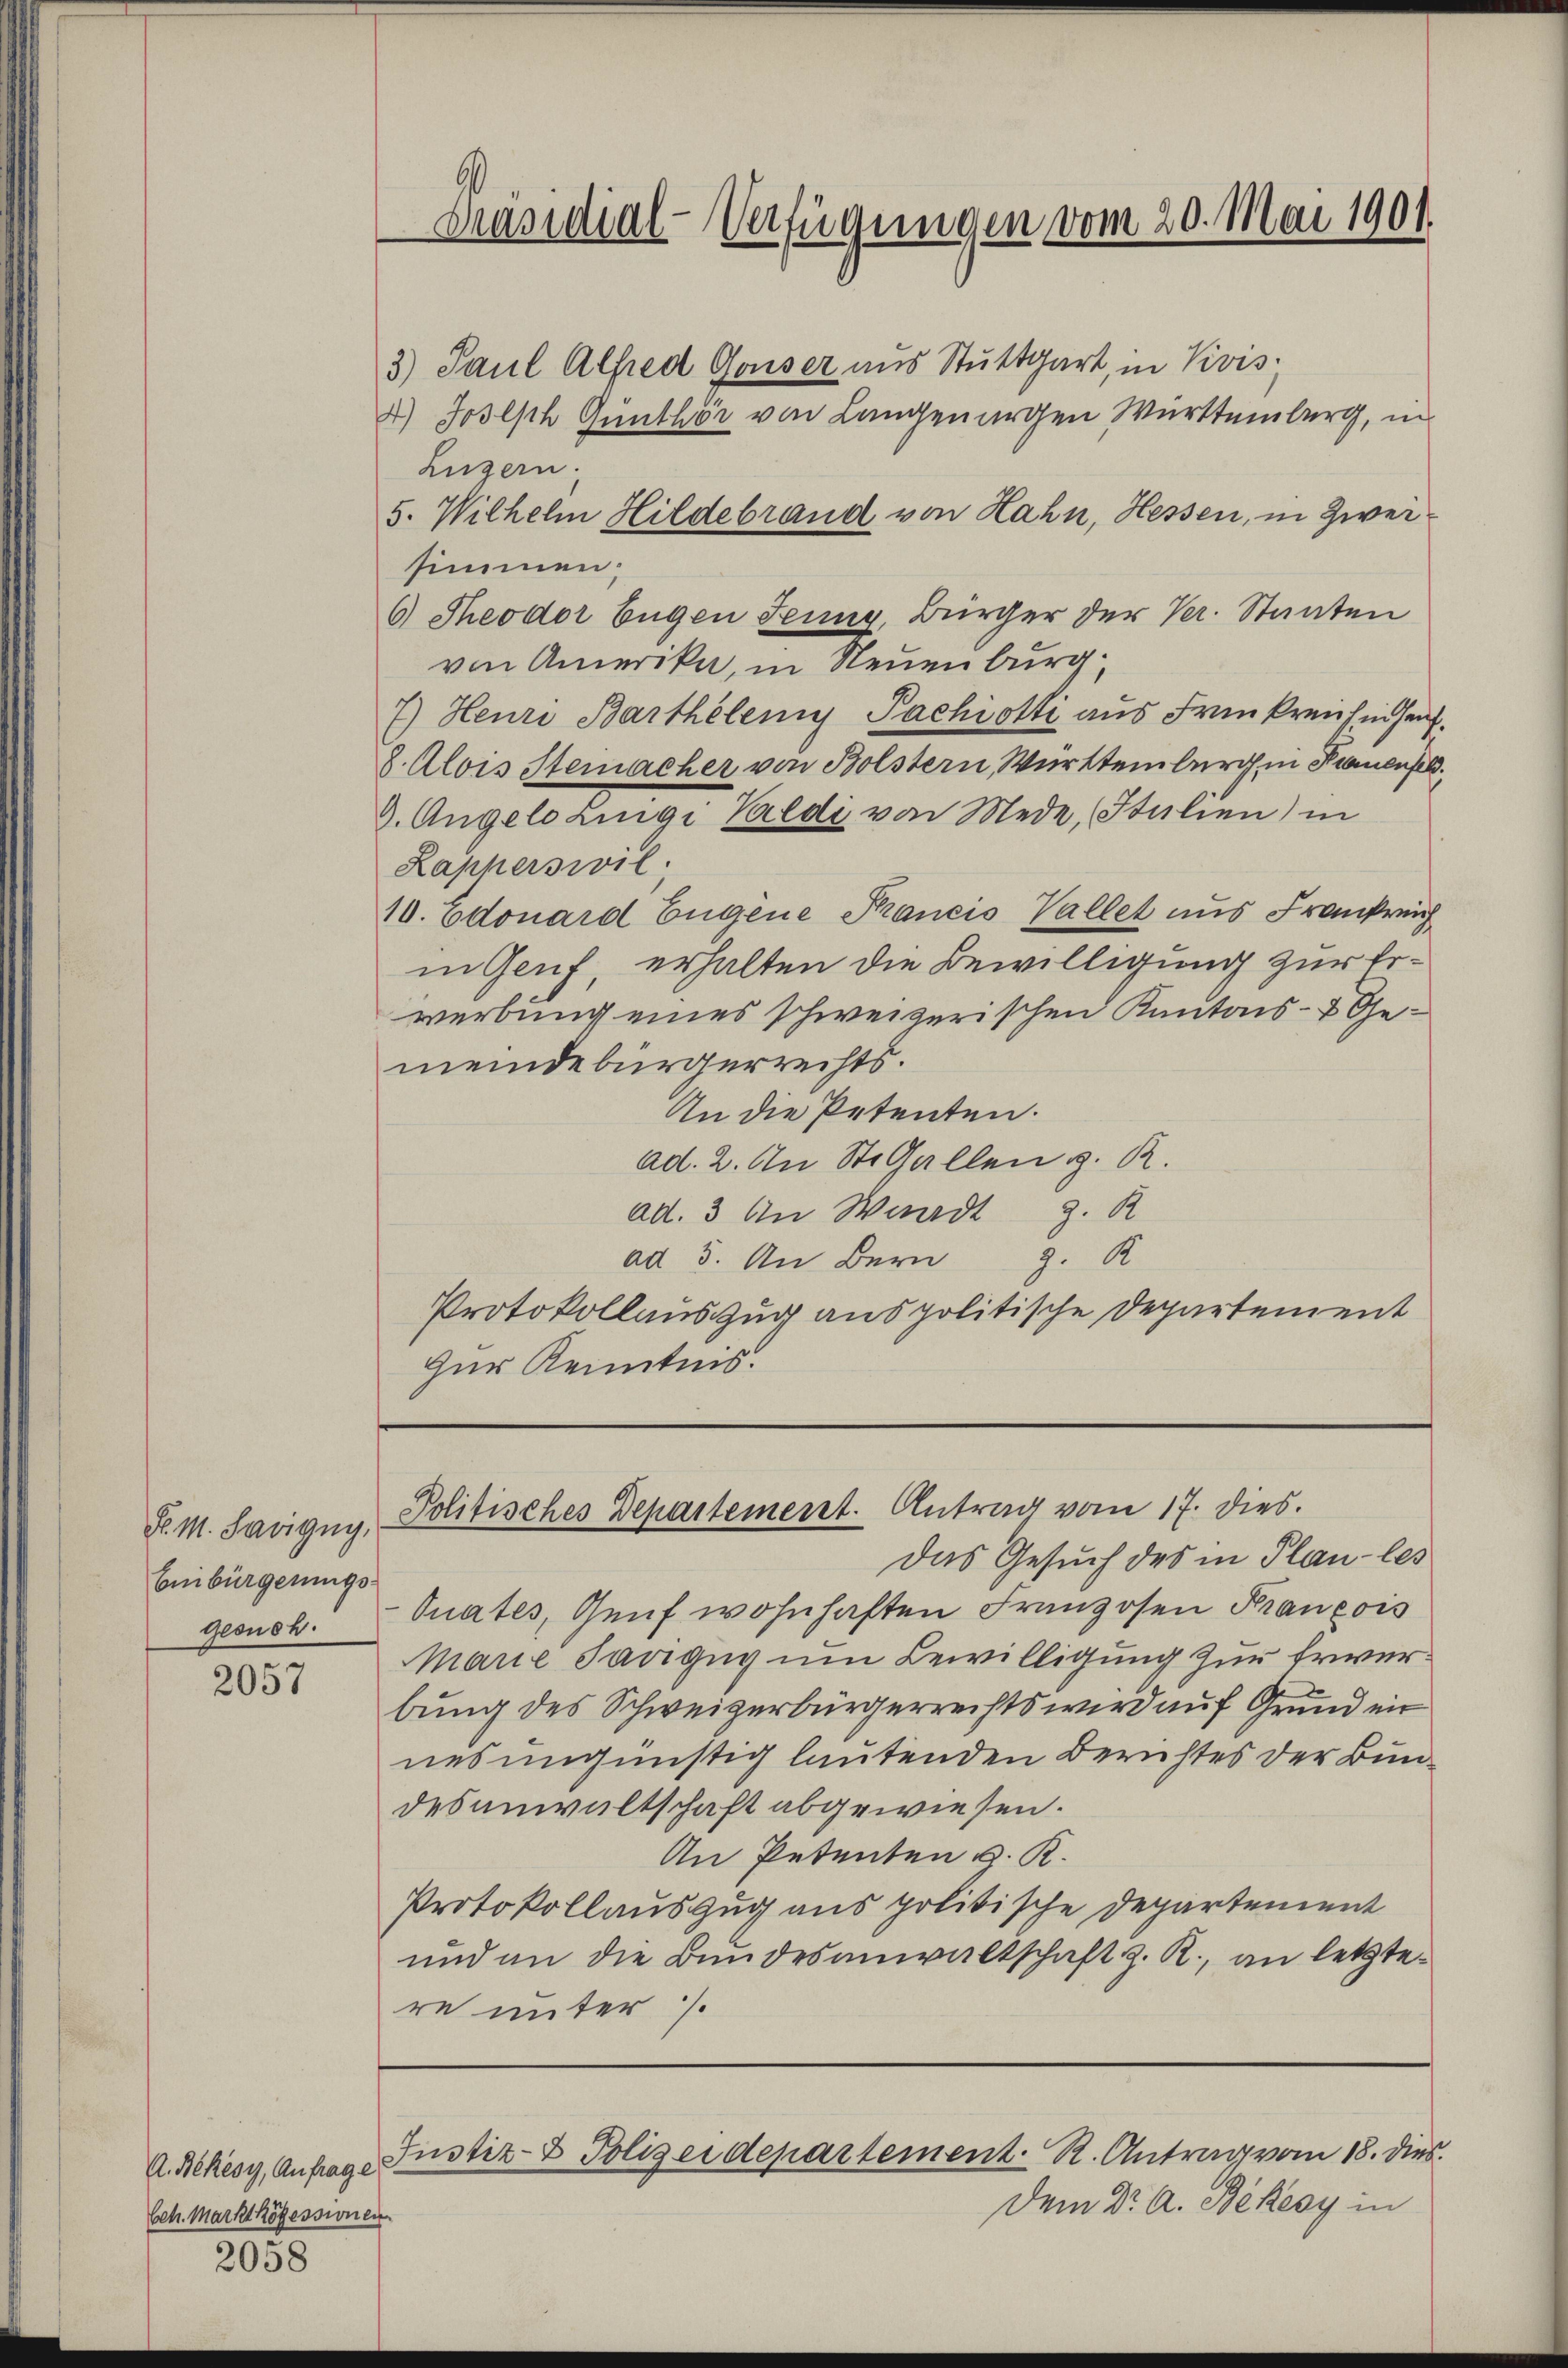
F. M. Savigug,
Einbürgerungsgesuch.

2057

A. Bekésy, Anfrages.
Sch. Marktköfessionen

2058

3) Paul Alfred Gonser aus Stuttgart, in Vivis
4.) Joseph Günthör von Langenargen Württemberg, in
Luzern.
5. Wilhelm Hildebrand von Lahn, Hessen, in Zweisimmen;
6 Theodor Eugen Jeung, Bürger der Ver. Staaten
von Amerika, in Neuenburg,
7) Heuri Barthélemy Pachiotti aus Friekreuhin heut
8. Alois Stemacher von Bolstern, Württemberg, in Krauenfek
9. Angelo Lingi Valdi von Mede, Italien) in
Kapperswil.
10. Odouard Eugene Francis Vallet aus Frankrech
in Genf, erhalten die Bewilligung zur Erwerbung eines schweizerischen Kantons- & Gemeindebürgerrechts.
An die Petenten.
ad. 2. An St. Gallen z. R.
ad. 3 An Waadt z. R
g. R
ad 5. An Bern
Protokollauszug aus politische Departement
Zur Kenntnis.

Präsidial-Verfügungen vom 20. Mai 1901.

Politisches Departement. Antrag vom 17. dies.

Das Gesuch des in Plan les
Ouates, Genf wohnhaften Franzosen Francois
Marie Savigug um Bewilligung zur Erwerbung des Schweizerbürgerrechts wird auf Grund ein
nes ungünstig lautenden Berichtes der Bundesanwaltschaft abgewiesen.
An Petenten v. K.
Protokollauszug aus politische Departement
und an die Bundesanwaltschaft z. R., an letztere unter /.

Justiz- & Polizeidepartement. R. Antrag vom 18. dies

Dem Dr. A. Békesy in